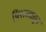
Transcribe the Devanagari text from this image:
पिशव्यातून